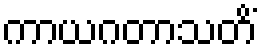
ကာယဂတာသတိံ